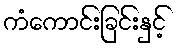
ကံကောင်းခြင်းနှင့်